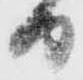
日